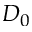
D _ { 0 }